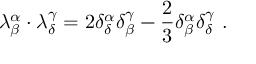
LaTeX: \lambda _ { \beta } ^ { \alpha } \cdot \lambda _ { \delta } ^ { \gamma } = 2 \delta _ { \delta } ^ { \alpha } \delta _ { \beta } ^ { \gamma } - { \frac { 2 } { 3 } } \delta _ { \beta } ^ { \alpha } \delta _ { \delta } ^ { \gamma } ~ .